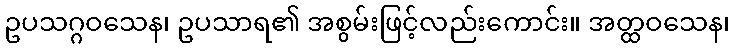
ဥပသဂ္ဂဝသေန၊ ဥပသာရ၏ အစွမ်းဖြင့်လည်းကောင်း။ အတ္ထဝသေန၊